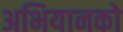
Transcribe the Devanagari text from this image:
अभियानको